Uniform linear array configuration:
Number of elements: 48
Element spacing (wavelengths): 1
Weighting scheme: exponential
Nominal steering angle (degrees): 45
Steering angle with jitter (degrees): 45.392
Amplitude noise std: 0.05
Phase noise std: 0.05

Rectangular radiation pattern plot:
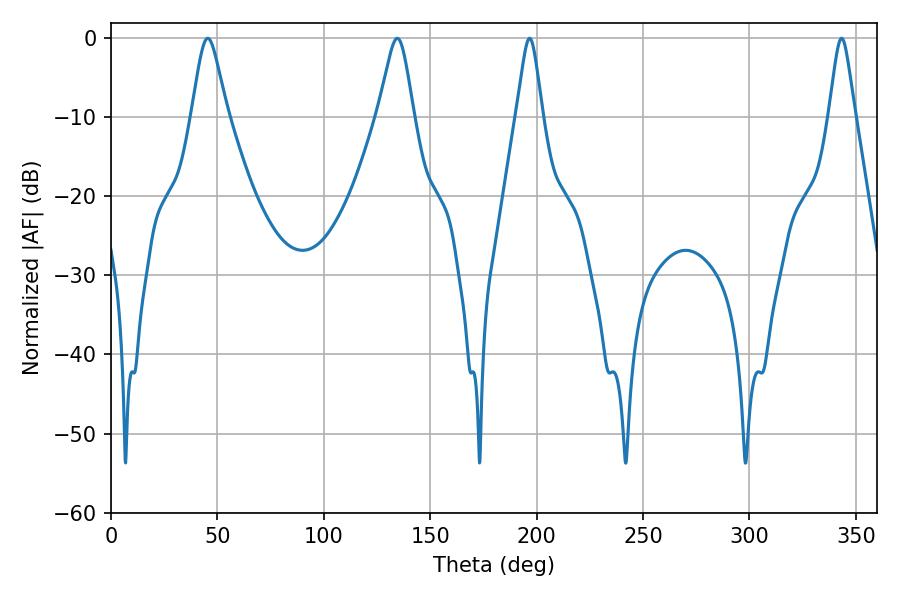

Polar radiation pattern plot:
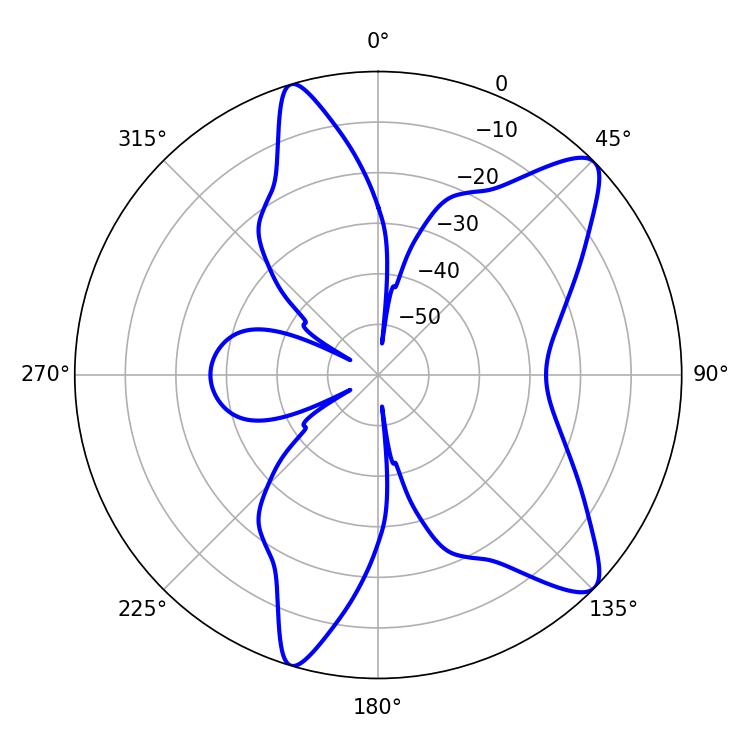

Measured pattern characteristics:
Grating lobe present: TRUE
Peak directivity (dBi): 10.445
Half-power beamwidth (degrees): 5.94
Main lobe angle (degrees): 196.74